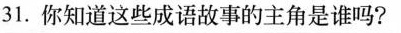
31.你知道这些成语故事的主角是谁吗?